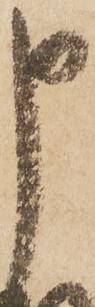
申